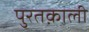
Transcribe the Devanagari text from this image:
पुरतक़ाली